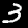
Digit: 3